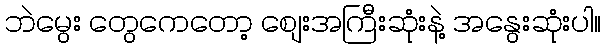
ဘဲမွေး တွေကေတော့ စျေးအကြီးဆုံးနဲ့ အနွေးဆုံးပါ။